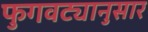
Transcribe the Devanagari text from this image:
फुगवट्यानुसार